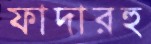
ফাদারহু